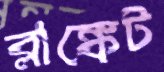
ব্লাঙ্কেট